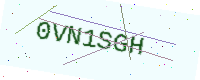
Text: 0VN1SGH